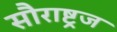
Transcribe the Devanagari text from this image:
सौराष्ट्रज